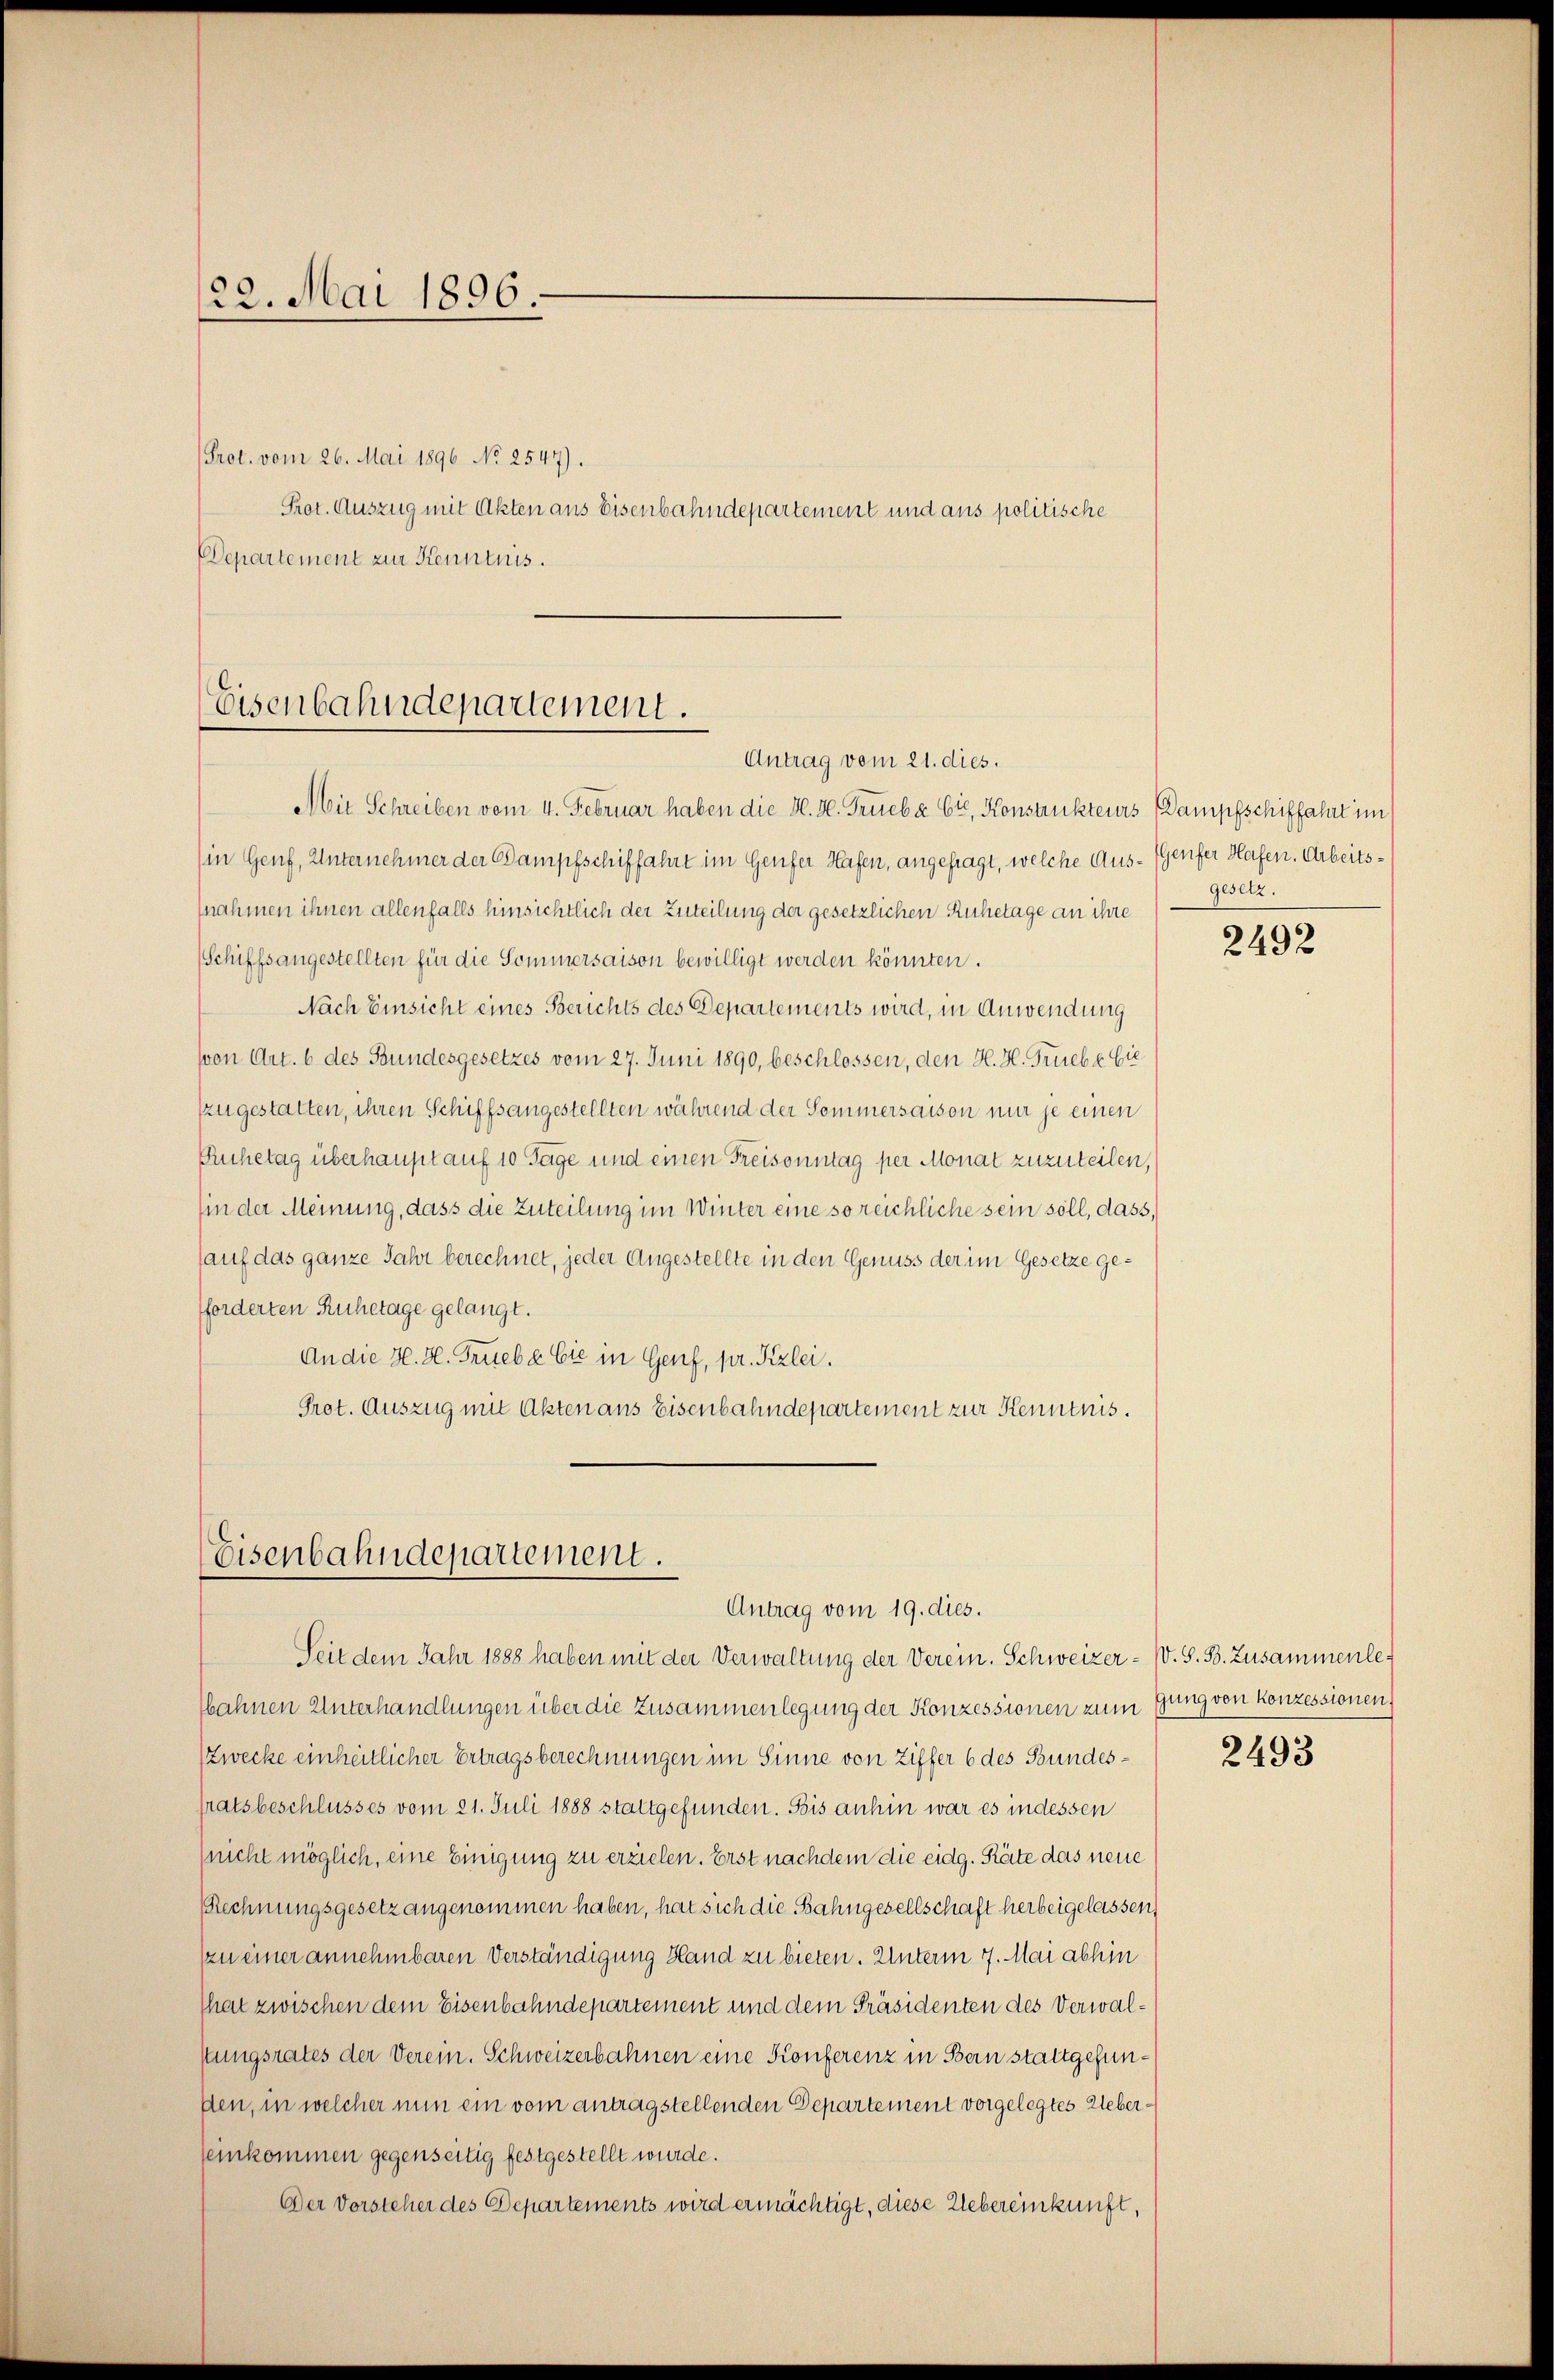
22. Mai 1896.

Prot. vom 26. Mai 1896 No 2547).
Prot. Auszug mit Akten aus Eisenbahndepartement und aus politische
Departement zur Kenntnis.

Eisenbahndepartement.
Antrag vom 21. dies.

Mit Schreiben vom 4. Februar haben die H. H. Trieb a Ct, Konstrukteurs Dampfschiffahrt im
(in Genf, Unternehmer der Dampfschiffahrt im Genfer Hafen, angefragt, welche Aus- (Genfer Hafen. Arbeitsnahmen ihnen allenfalls hinsichtlich der Zuteilung der gesetzlichen Ruhetage an ihre
(Schiffsangestellten für die Sommersaison bewilligt werden könnten.
Nach Einsicht eines Berichts des Departements wird, in Anwendung
von Art. 6 des Bundesgesetzes vom 27. Juni 1890, beschlossen, den H. H. Triebe bie
zzugestatten, ihren Schiffsangestellten während der Sommersaison nur je einen
Ruhetag überhaupt auf 10 Tage und einen Freisonntag per Monat zuzuteilen,
hin der Meinung, dass die Zuteilung im Winter eine so reichliche sein soll, dass,
sauf das ganze Jahr berechnet, jeder Angestellte in den Genuss der im Gesetze gefforderten Ruhetage gelangt.
An die H. H. Triebe Cie in Genf, pr. Kzlei.
Prot. Auszug mit Akten aus Eisenbahndepartement zur Kenntnis.

Eisenbahndepartement.
Antrag vom 19. dies.

Seit dem Jahr 1888 haben mit der Verwaltung der Verein. Schweizer- V. S. B. Zusammenlebahnen Unterhandlungen über die Zusammenlegung der Konzessionen zum fung von konzessionen
Zwecke einheitlicher Ertragsberechnungen im Sinne von Ziffer 6 des Bundessratsbeschlusses vom 21. Juli 1888 stattgefunden. Bis anhin war es indessen
(nicht möglich, eine Einigung zu erzielen. Erst nachdem die eidg. Räte das neue
Rechnungsgesetz angenommen haben, hat sich die Bahngesellschaft herbeigelassen,
zzu einer annehmbaren Verständigung Hand zu bieten. Unterm 7. Mai abhin
That zwischen dem Eisenbahndepartement und dem Präsidenten des Verwalstungsrates der Verein. Schweizerbahnen eine Konferenz in Bern stattgefunden, in welcher nun ein vom antragstellenden Departement vorgelegtes Uebereinkommen gegenseitig festgestellt wurde.
Der Vorsteher des Departements wird ermächtigt, diese Uebereinkunft,

gesetz.

2492

2493